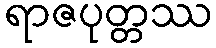
ရာဇပုတ္တဿ